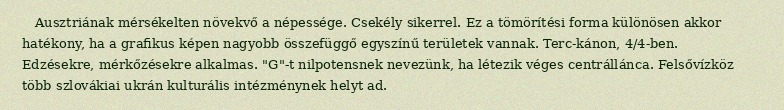
Ausztriának mérsékelten növekvő a népessége. Csekély sikerrel. Ez a tömörítési forma különösen akkor hatékony, ha a grafikus képen nagyobb összefüggő egyszínű területek vannak. Terc-kánon, 4/4-ben. Edzésekre, mérkőzésekre alkalmas. "G"-t nilpotensnek nevezünk, ha létezik véges centrállánca. Felsővízköz több szlovákiai ukrán kulturális intézménynek helyt ad.